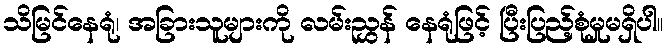
သိမြင်နေရုံ၊ အခြားသူများကို လမ်းညွှန် နေရုံဖြင့် ပြီးပြည့်စုံမှုမရှိပါ။